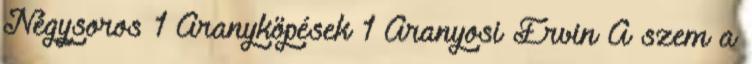
Négysoros 1 Aranyköpések 1 Aranyosi Ervin A szem a